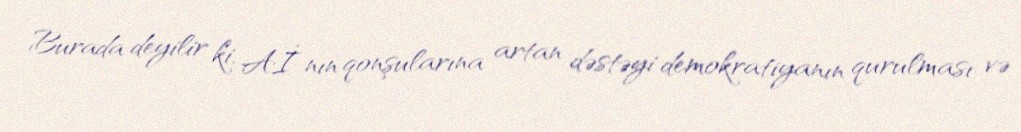
Burada deyilir ki, Aİ-nın qonşularına artan dəstəyi demokratiyanın qurulması və